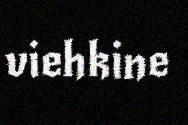
viehkine